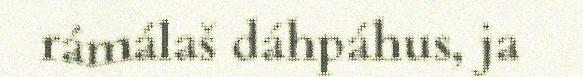
rámálaš dáhpáhus, ja